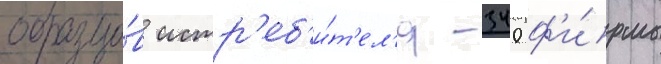
образцо́в истр'еб'и́т'ел'я -340 ф'и́рмы